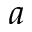
a